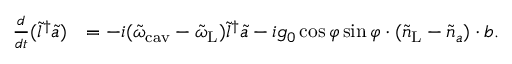
\begin{array} { r l } { \frac { d } { d t } ( \tilde { l } ^ { \dagger } \tilde { a } ) } & { = - i ( \tilde { \omega } _ { \mathrm { c a v } } - \tilde { \omega } _ { \mathrm { L } } ) \tilde { l } ^ { \dagger } \tilde { a } - i g _ { 0 } \cos \varphi \sin \varphi \cdot ( \tilde { n } _ { \mathrm { L } } - \tilde { n } _ { a } ) \cdot b . } \end{array}